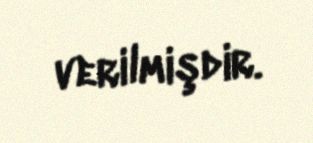
verilmişdir.